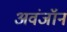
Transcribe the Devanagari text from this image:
अवंजॉन